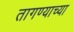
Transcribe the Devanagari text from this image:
तागण्याच्या